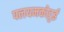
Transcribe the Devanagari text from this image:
पलयमकोट्टई